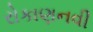
રોકાણનવી